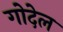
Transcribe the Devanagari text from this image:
गोदेल